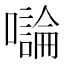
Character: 𡃝